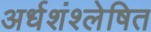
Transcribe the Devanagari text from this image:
अर्धशंश्लेषित